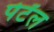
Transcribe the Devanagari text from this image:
पेटॅल